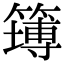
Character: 𥴾